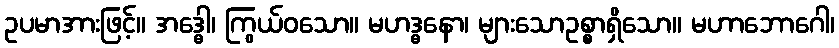
ဥပမာအားဖြင့်။ အဒ္ဓေါ၊ ကြွယ်ဝသော။ မဟဒ္ဓနော၊ များသောဥစ္စာရှိသော။ မဟာဘောဂေါ၊